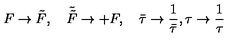
F \rightarrow { \tilde { F } } , \quad { \tilde { \tilde { F } } } \rightarrow + F , \quad \bar { \tau } \rightarrow \frac { 1 } { \bar { \tau } } , \tau \rightarrow \frac { 1 } { \tau }